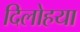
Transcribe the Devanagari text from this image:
दिलोहया